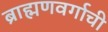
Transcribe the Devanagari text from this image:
ब्राह्मणवर्गाची